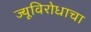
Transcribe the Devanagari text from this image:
ज्यूविरोधाचा